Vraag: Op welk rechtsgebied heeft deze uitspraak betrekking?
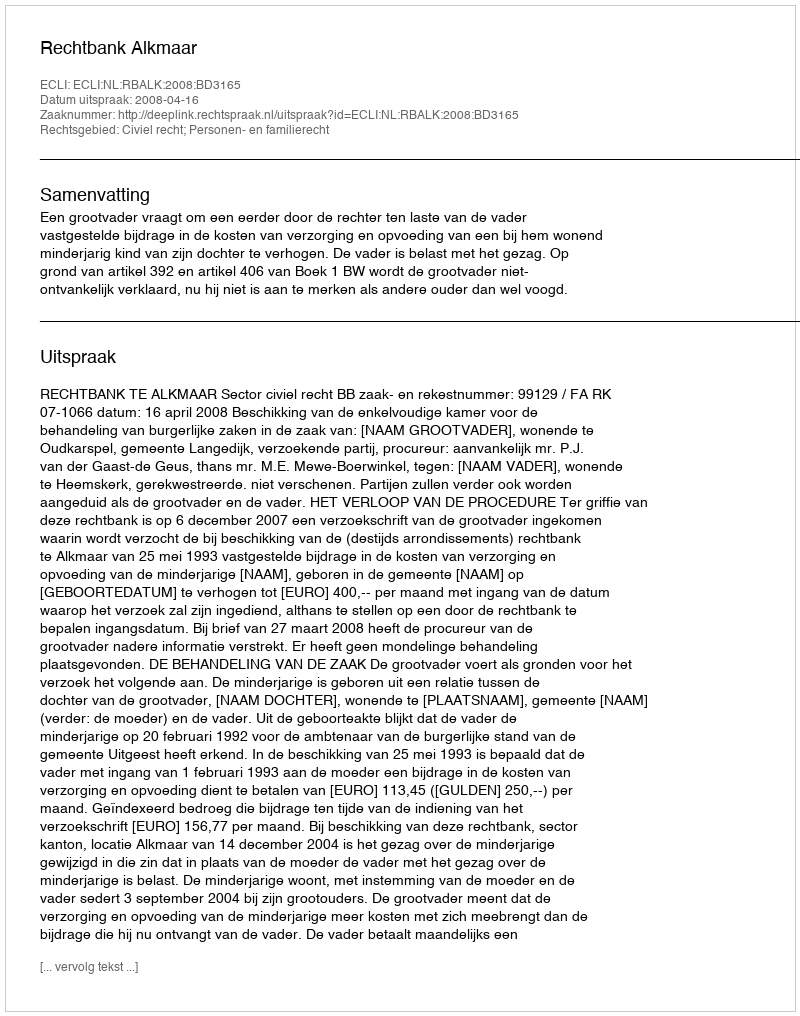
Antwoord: Civiel recht; Personen- en familierecht